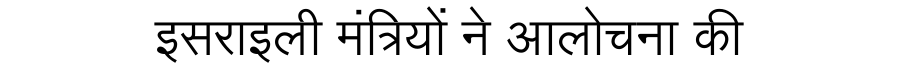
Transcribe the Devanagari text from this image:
इसराइली मंत्रियों ने आलोचना की